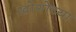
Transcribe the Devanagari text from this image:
खोगोच्या